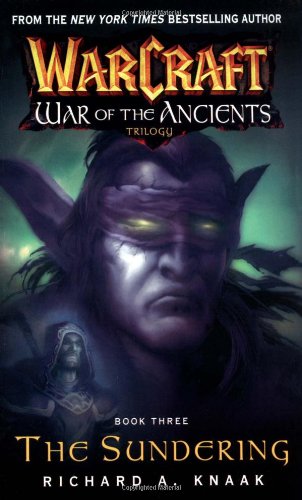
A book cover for Warcraft: War of the Ancients #3: The Sundering (Bk. 3); Richard A. Knaak; Science Fiction & Fantasy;